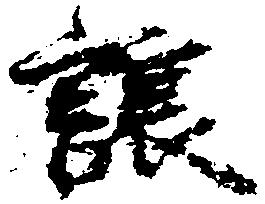
譲